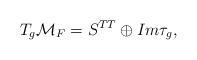
LaTeX: \begin{align*}T_g{\cal M}_F=S^{TT}\oplus Im\tau_g,\end{align*}